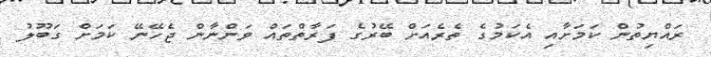
ރައްޔިތުން ކަމަށާއި އެކަމުގެ ތެރެއަށް ބޭރުގެ ފަރާތްތައް ވަންނާން ޖެހޭނޭ ކަމަށް ގަބޫލު